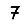
Digit: 7